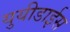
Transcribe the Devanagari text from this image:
युयीडाईस